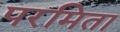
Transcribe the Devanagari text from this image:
परमिता